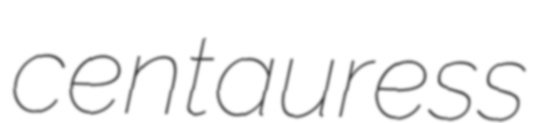
centauress